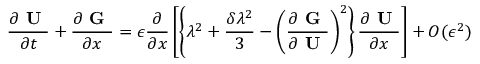
\frac { \partial \textbf { U } } { \partial t } + \frac { \partial \textbf { G } } { \partial x } = \epsilon \frac { \partial } { \partial x } \left[ \left\{ \lambda ^ { 2 } + \frac { \delta \lambda ^ { 2 } } { 3 } - \left( \frac { \partial \textbf { G } } { \partial \textbf { U } } \right) ^ { 2 } \right\} \frac { \partial \textbf { U } } { \partial x } \right] + O ( \epsilon ^ { 2 } )